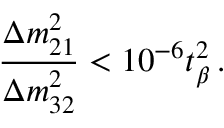
{ \frac { \Delta m _ { 2 1 } ^ { 2 } } { \Delta m _ { 3 2 } ^ { 2 } } } < 1 0 ^ { - 6 } t _ { \beta } ^ { 2 } \, .